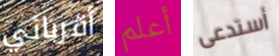
أقربائي أعلم أستدعى